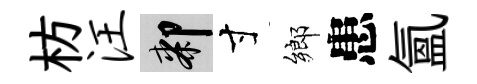
枋汪膝寸鄉患氲